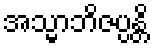
အသ္မာဘိဇပ္ပန္တိ